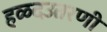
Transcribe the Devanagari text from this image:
हळदउतरणी